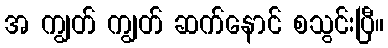
အ ကျွတ် ကျွတ် ဆက်နောင် စသွင်းပြီ။